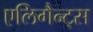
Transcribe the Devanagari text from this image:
एलिगैन्ट्स